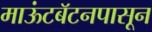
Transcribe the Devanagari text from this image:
माऊंटबॅटनपासून